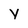
Character: Y